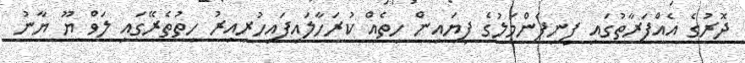
ދޮރުގެ އެއްފަރާތުގައި ފިނިފެންމަލުގެ ފިޔައިން ހިތެއް ކުރަހާލައިފައިހުރިއިރު ހިތުތެރޭގައި ލަވް ޔޫ ޔާނު